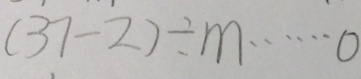
( 3 7 - 2 ) \div m \cdots 0